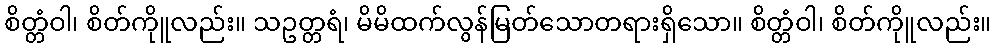
စိတ္တံဝါ၊ စိတ်ကိုူလည်း။ သဥတ္တရံ၊ မိမိထက်လွန်မြတ်သောတရားရှိသော။ စိတ္တံဝါ၊ စိတ်ကိုူလည်း။